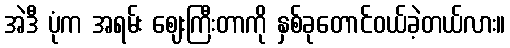
အဲဒီ ပုံက အရမ်း ဈေးကြီးတာကို နှစ်ခုတောင်ဝယ်ခဲ့တယ်လား။